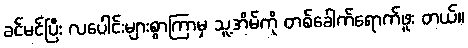
ခင်မင်ပြီး လပေါင်းများစွာကြာမှ သူ့အိမ်ကို တစ်ခေါက်ရောက်ဖူး တယ်။